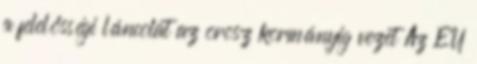
a felelősségi láncolat az orosz kormányig vezet Az EU